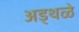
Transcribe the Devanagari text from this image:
अड्थळे